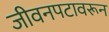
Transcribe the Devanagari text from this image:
जीवनपटावरून